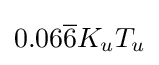
0.06{\overline {6}}K_{u}T_{u}